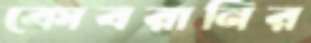
কোবরানির